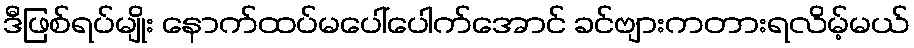
ဒီဖြစ်ရပ်မျိုး နောက်ထပ်မပေါ်ပေါက်အောင် ခင်ဗျားကတားရလိမ့်မယ်